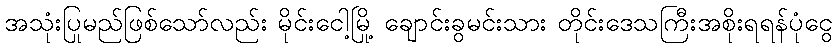
အသုံးပြုမည်ဖြစ်သော်လည်း မိုင်းငေါ့မြို့ ချောင်းခွမင်းသား တိုင်းဒေသကြီးအစိုးရရန်ပုံငွေ